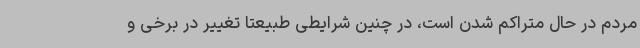
مردم در حال متراکم شدن است، در چنین شرایطی طبیعتا تغییر در برخی و